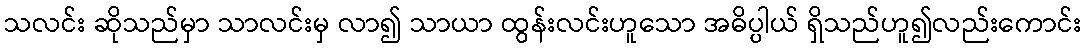
သလင်း ဆိုသည်မှာ သာလင်းမှ လာ၍ သာယာ ထွန်းလင်းဟူသော အဓိပ္ပါယ် ရှိသည်ဟူ၍လည်းကောင်း